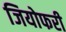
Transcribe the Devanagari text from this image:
जियोफरी